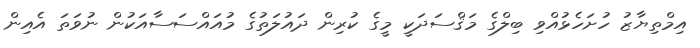
އިމްތިޔާޒު ހުށަހެޅުއްވި ބިލްގެ މަޤްސަދަކީ މީގެ ކުރިން ދައުލަތުގެ މުއައްސަސާއަކުން ނުވަތަ އެއިން